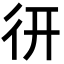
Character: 𢓄